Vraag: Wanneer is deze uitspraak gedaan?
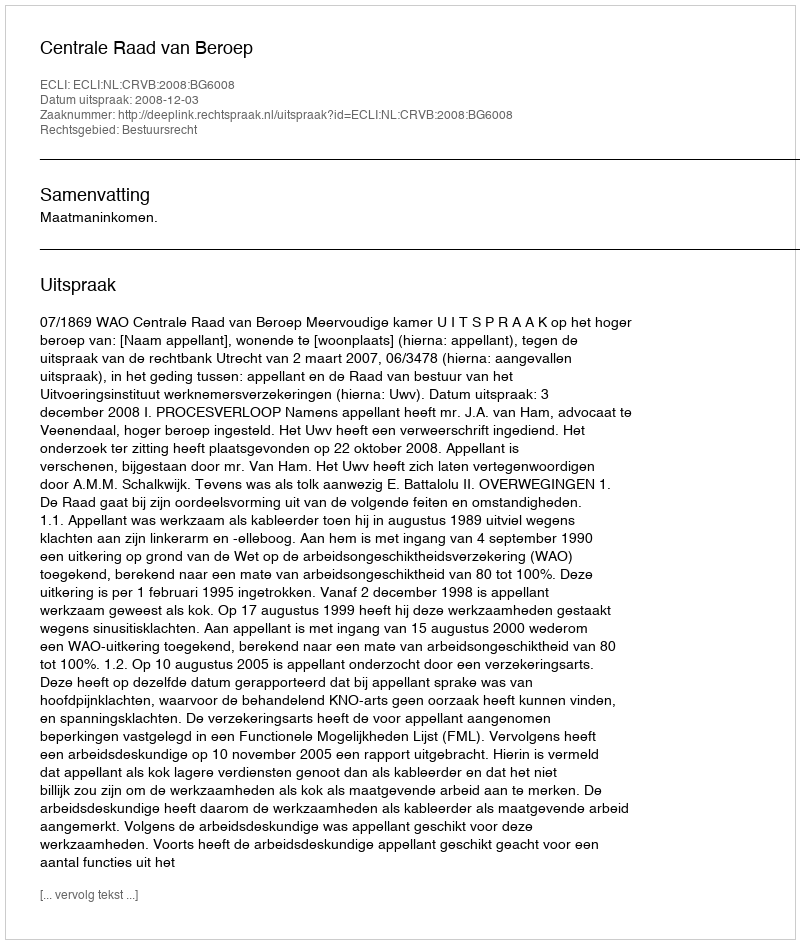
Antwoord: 2008-12-03